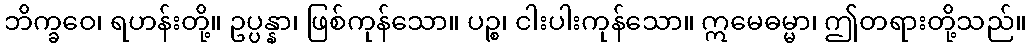
ဘိက္ခဝေ၊ ရဟန်းတို့။ ဥပ္ပန္နာ၊ ဖြစ်ကုန်သော။ ပဉ္စ၊ ငါးပါးကုန်သော။ ဣမေဓမ္မာ၊ ဤတရားတို့သည်။